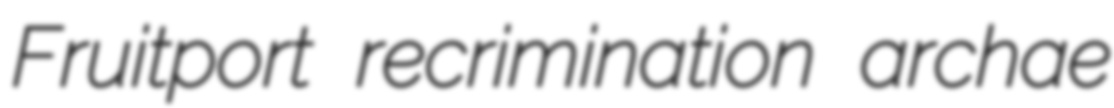
Fruitport recrimination archae